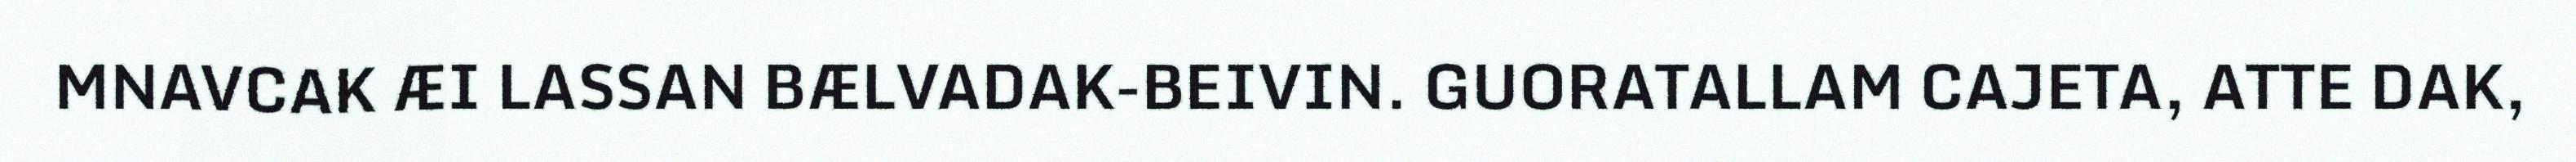
MNAVCAK ÆI LASSAN BÆLVADAK-BEIVIN. GUORATALLAM CAJETA, ATTE DAK,